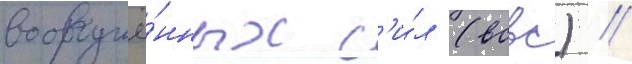
вооружё́нных с'и́л (всвс) //